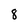
Character: 8